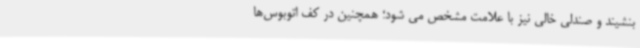
بنشیند و صندلی خالی نیز با علامت مشخص می شود؛ همچنین در کف اتوبوس‌ها